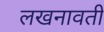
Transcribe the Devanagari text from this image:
लखनावती